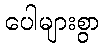
ပေါများစွာ